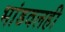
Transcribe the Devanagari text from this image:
भांडवलही